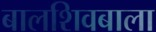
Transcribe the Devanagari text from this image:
बालशिवबाला